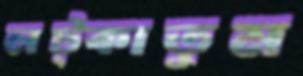
লট্‌কাতুম